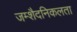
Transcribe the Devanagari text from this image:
जम्‍शैदनिकलता